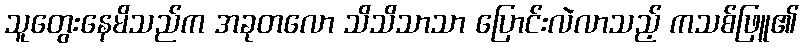
သူတွေးနေမိသည်က အခုတလော သိသိသာသာ ပြောင်းလဲလာသည့် ကသစ်ဖြူ၏